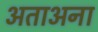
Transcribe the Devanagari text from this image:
अताअना